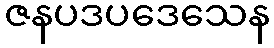
ဇနပဒပဒေသေန